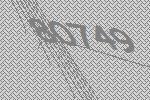
80749